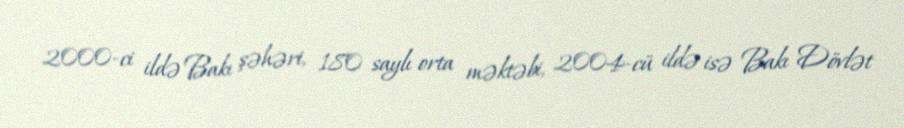
2000-ci ildə Bakı şəhəri, 180 saylı orta məktəbi, 2004-cü ildə isə Bakı Dövlət